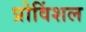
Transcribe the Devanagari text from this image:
प्रोविंशल